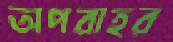
অপরাহর